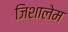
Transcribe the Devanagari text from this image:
जिशालेम